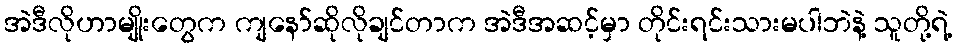
အဲဒီလိုဟာမျိုးတွေက ကျနော်ဆိုလိုချင်တာက အဲဒီအဆင့်မှာ တိုင်းရင်းသားမပါဘဲနဲ့ သူတို့ရဲ့